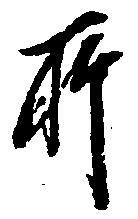
所